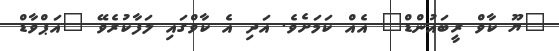
"ޔޫ ކާވް ރީބައުންޑް" އެއް ކަމަށެވެ. އަދި އެ ކާވްގައި ލަފާކުރެވޭ "އަޕްވާޑް